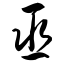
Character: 巫